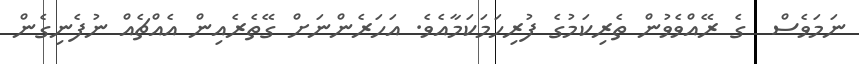
ނަމަވެސް  ގެ ރޭއްވެވުން ތެރިކަމުގެ ފުރިހަމަކަމާއެވެ. އަހަރެންނަށް ގޭތެރެއިން އެއްޗެއް ނުފެނިގެން